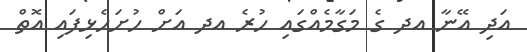
އަދި އޭނާ އދ ގެ މަގާމެއްގައި ހުރެ އދ އަށް ހުށަހެޅިފައި އޮތް